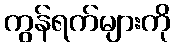
ကွန်ရက်များကို